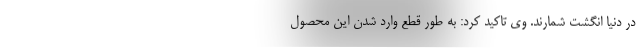
در دنیا انگشت شمارند. وی تاکید کرد: به طور قطع وارد شدن این محصول